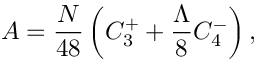
A = \frac { N } { 4 8 } \left( C _ { 3 } ^ { + } + \frac { \Lambda } { 8 } C _ { 4 } ^ { - } \right) ,